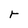
Character: r